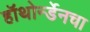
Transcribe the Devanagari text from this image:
हॉथोर्न्डेनचा